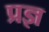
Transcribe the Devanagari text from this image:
प्रज्ञ